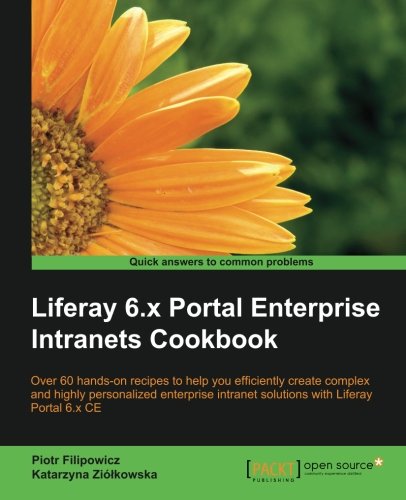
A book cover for Liferay 6.x Portal Enterprise Intranets Cookbook; Piotr Filipowicz; Computers & Technology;